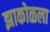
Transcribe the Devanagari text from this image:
झाकोळला